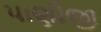
પાણીજી